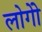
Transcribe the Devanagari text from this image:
लोगोें